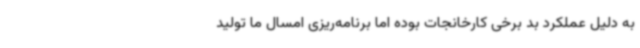
به دلیل عملکرد بد برخی کارخانجات بوده اما برنامه‌ریزی امسال ما تولید